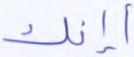
أإنك